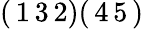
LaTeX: (\, 1\, 3\, 2)(\, 4\, 5\, )